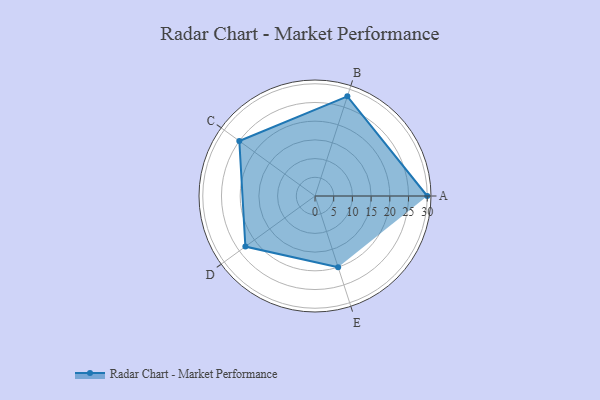
{"axis": {"x": "Skill", "y": "Score"}, "legend": ["Profile"], "data": [{"x": "A", "y": 30.0, "type": "Profile"}, {"x": "B", "y": 28.0, "type": "Profile"}, {"x": "C", "y": 25.0, "type": "Profile"}, {"x": "D", "y": 23.0, "type": "Profile"}, {"x": "E", "y": 20, "type": "Profile"}]}